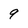
Character: 9